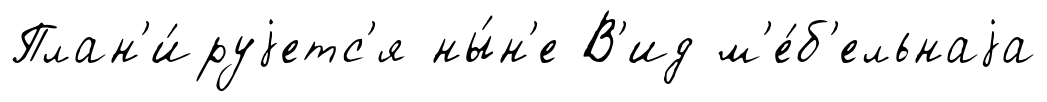
План'и́руjетс'я ны́н'е В'ид м'е́б'ельнаjа